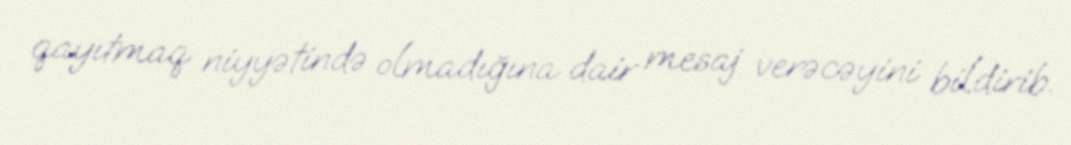
qayıtmaq niyyətində olmadığına dair mesaj verəcəyini bildirib.